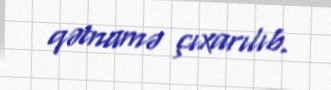
qətnamə çıxarılıb.